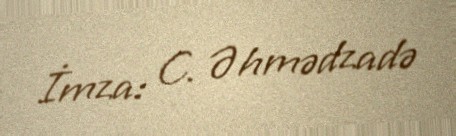
İmza: C. Əhmədzadə